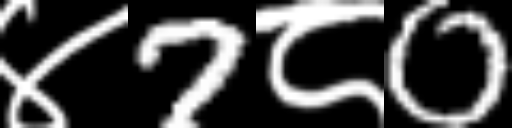
Text: ४7८0